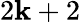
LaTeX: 2\mathbf{k}+2